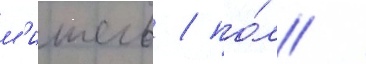
м'ишель / по́л /